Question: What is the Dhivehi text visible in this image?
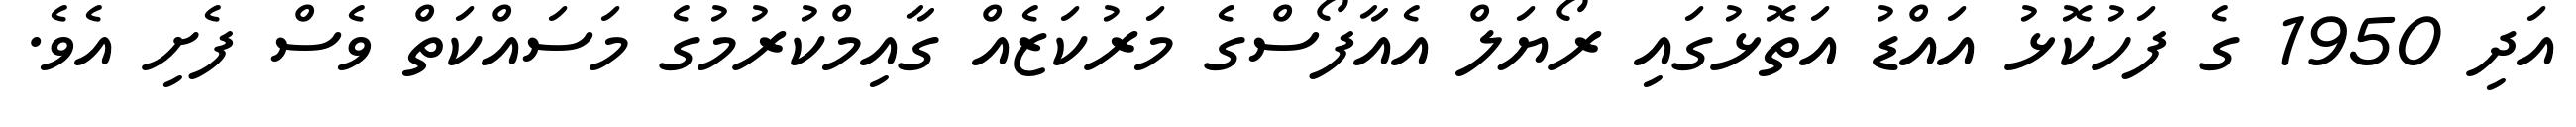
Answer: އަދި 1950 ގެ ފަހުކޮޅު އައްޑު އަތޮޅުގައި ރޯޔަލް އެއާފޯސްގެ މަރުކަޒެއް ގާއިމްކުރުމުގެ މަސައްކަތް ވެސް ފެށި އެވެ.